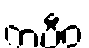
ကပီဝ